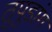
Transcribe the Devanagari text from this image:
तुपुडांग